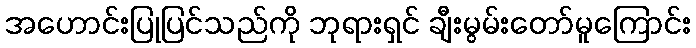
အဟောင်းပြုပြင်သည်ကို ဘုရားရှင် ချီးမွမ်းတော်မူကြောင်း